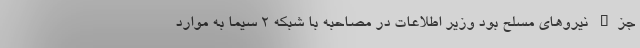
جزء نیرو‌های مسلح بود وزیر اطلاعات در مصاحبه با شبکه 2 سیما به موارد